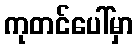
ကုတင်ပေါ်မှာ